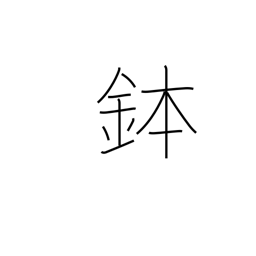
Meaning: rice tub